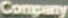
Company